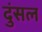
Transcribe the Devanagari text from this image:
दुंसल